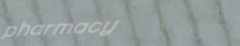
pharmacy